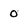
Character: 0